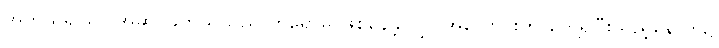
အကယ်၍သာ အဆိပ်ခတ်သူသည် ဟိရောမိ ဖြစ်နေခဲ့လျှင် အလောင်းကို တွေ့ရှိပြီးသည့်နောက်၌